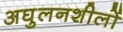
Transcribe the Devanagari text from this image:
अघुलनशीलों